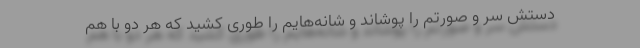
دستش سر و صورتم را پوشاند و شانه‌هایم را طوری کشید که هر دو با هم